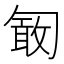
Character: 𠣽